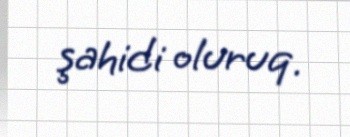
şahidi oluruq.